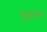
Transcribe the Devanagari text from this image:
गूढगंभीर